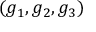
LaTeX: ( g _ { 1 } , g _ { 2 } , g _ { 3 } )